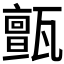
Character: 𤮜